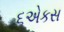
૬એકસ